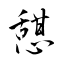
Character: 憇